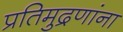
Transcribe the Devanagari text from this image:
प्रतिमुद्रणांना